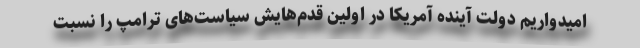
امیدواریم دولت آینده آمریکا در اولین قدم‌هایش سیاست‌های ترامپ را نسبت